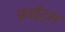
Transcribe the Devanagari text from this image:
फ्राईट्स